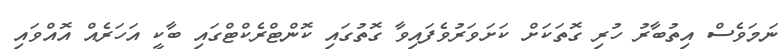
ނަމަވެސް އިތުބާރު ހުރި ގޮތަކަށް ކަށަވަރުވެފައިވާ ގޮތުގައި ކޮންޓްރެކްޓްގައި ބާކީ އަހަރެއް އޮއްވައި